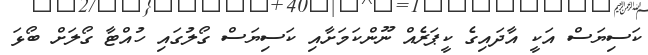
ކަސިޔަސް އަކީ އާދައިގެ ކީޕަރެއް ނޫންކަމަށާއި ކަސިޔަސް ގޯލުގައި ހުއްޓާ ގޯލަށް ބޯޅަ